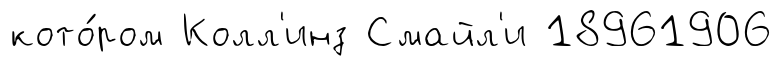
кото́ром Колл'инз Смайл'и 18961906